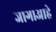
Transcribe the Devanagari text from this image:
जागाआहे